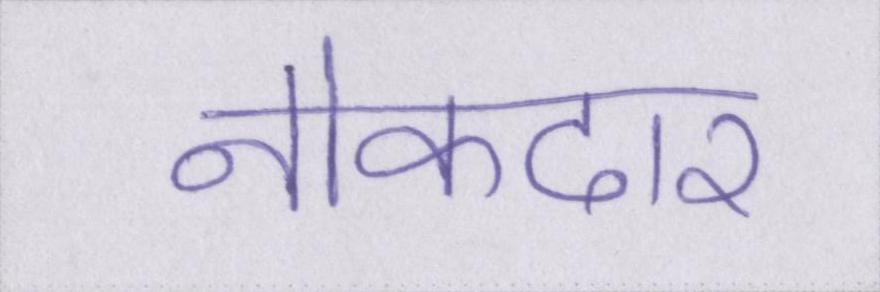
नोकदार